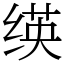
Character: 绬